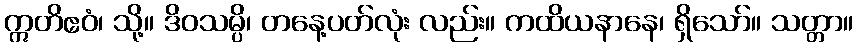
ဣတိဧဝံ၊ သို့။ ဒိဝသမ္ပိ၊ တနေ့ပတ်လုံး လည်း။ ကထိယနာနေ၊ ရှိသော်။ သတ္တာ။